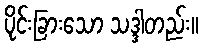
ပိုင်းခြားသော သဒ္ဒါတည်း။